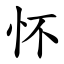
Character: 怀